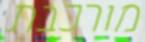
מורכבת